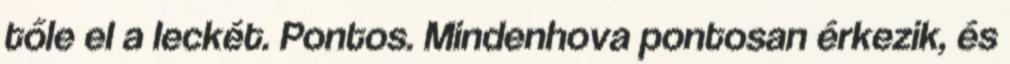
tőle el a leckét. Pontos. Mindenhova pontosan érkezik, és